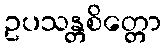
ဥပသန္တစိတ္တော